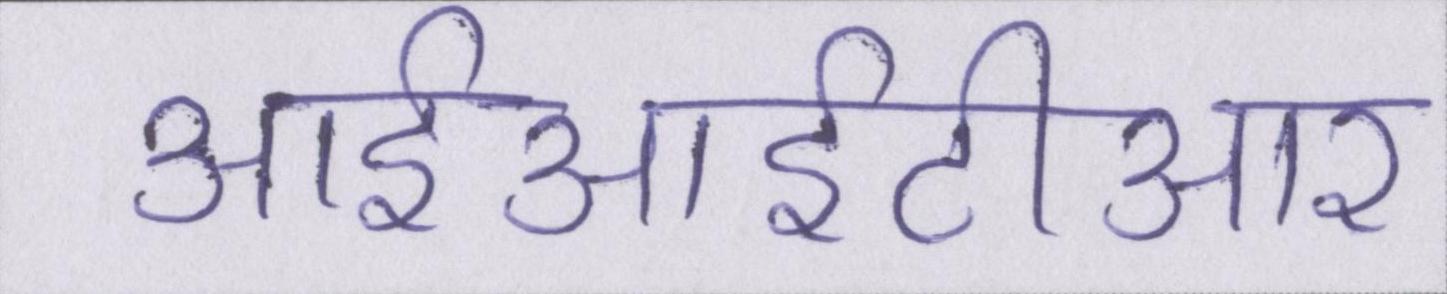
आईआईटीआर